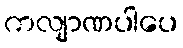
ကလျာဏပါပေ